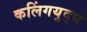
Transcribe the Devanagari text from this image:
कलिंगयुद्ध